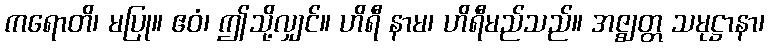
ကရောတိ၊ မပြု။ ဧဝံ၊ ဤသို့လျှင်။ ဟိရီ နာမ၊ ဟိရီမည်သည်။ အဇ္ဈတ္တ သမုဋ္ဌာနာ၊